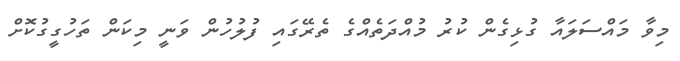
މިވާ މައްސަލައާ ގުޅިގެން ކުރު މުއްދަތެއްގެ ތެރޭގައި ފުލުހުން ވަނީ މިކަން ތަހުގީީގުކޮށް